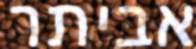
אביתר